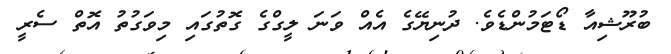
ބުރޫޝިއާ ޑޯޓަމުންޑެވެ. ދުނިޔޭގެ އެއް ވަނަ ލީގްގެ ގޮތުގައި މިވަގުތު އޮތް ސެރީ